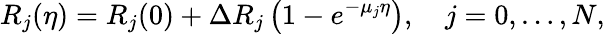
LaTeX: R_{j}(\eta)=R_{j}(0)+\Delta R_{j}\left(1-e^{-\mu_{j}\eta}\right),\quad j=0,\ldots,N,